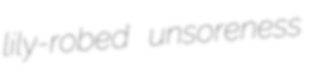
lily-robed unsoreness